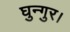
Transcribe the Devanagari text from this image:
घुन्गुर।